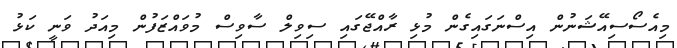
މިއެސޯސިއޭޝަނުން އިސްނަގައިގެން މުޅި ރާއްޖޭގައި ސިވިލް ސާވިސް މުވައްޒަފުން މިއަދު ވަނީ ކަޅު